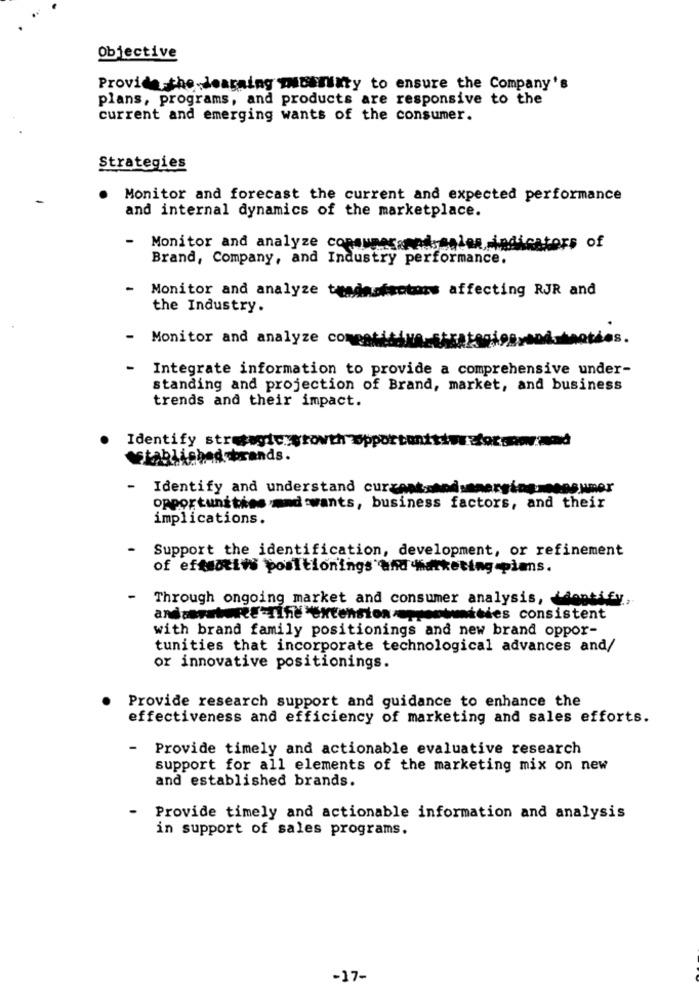
Objective
Provide the learning Imunity to ensure the Company's
plans, programs, and products are responsive to the
current and emerging wants of the consumer.
Strategies
Monitor and forecast the current and expected performance
and internal dynamics of the marketplace.
-
Monitor and analyze consumers adysales indicators of
Brand, Company, and Industry performance.
-
Monitor and analyze teadasfactors affecting RJR and
the Industry.
-
Monitor and analyze come
Les.
Integrate information to provide a comprehensive under-
standing and projection of Brand, market, and business
trends and their impact.
Identify strategic:growth
established brands.
-
Identify and understand curgnat, soduemerging. consumer
opportunities .mad wants, business factors, and their
implications.
-
Support the identification, development, or refinement
of eftmotiw positionings and Marketing plans.
-
Through ongoing market and consumer analysis, antify,
andserstarte Tiffl'extensionprotièdes consistent
with brand family positionings and new brand oppor-
tunities that incorporate technological advances and/
or innovative positionings.
Provide research support and guidance to enhance the
effectiveness and efficiency of marketing and sales efforts.
-
Provide timely and actionable evaluative research
support for all elements of the marketing mix on new
and established brands.
Provide timely and actionable information and analysis
in support of sales programs.
-17-